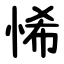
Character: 悕